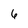
Character: 6